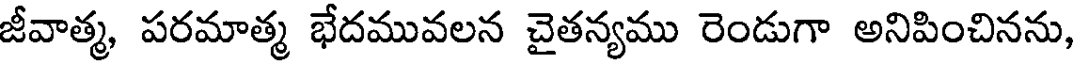
జీవాత్మ, పరమాత్మ భేదమువలన చైతన్యము రెండుగా అనిపించినను,